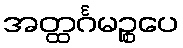
အတ္ထင်္ဂမဉ္စပေ